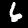
Digit: 6